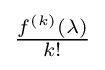
{\tfrac {f^{(k)}(\lambda )}{k!}}